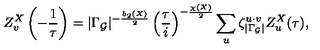
Z _ { v } ^ { X } \left( - \frac { 1 } { \tau } \right) = \vert \Gamma _ { \cal G } \vert ^ { - \frac { b _ { 2 } ( X ) } { 2 } } \left( \frac { \tau } { i } \right) ^ { - \frac { \chi ( X ) } { 2 } } \sum _ { u } \zeta _ { | \Gamma _ { \cal G } | } ^ { u \cdot v } Z _ { u } ^ { X } ( \tau ) ,